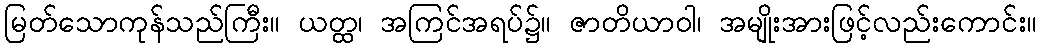
မြတ်သောကုန်သည်ကြီး။ ယတ္ထ၊ အကြင်အရပ်၌။ ဇာတိယာဝါ၊ အမျိုးအားဖြင့်လည်းကောင်း။